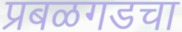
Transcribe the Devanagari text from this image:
प्रबळगडचा